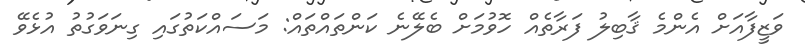
ވަޒީފާއަށް އެންމެ ޤާބިލު ފަރާތެއް ހޮވުމަށް ބެލޭނެ ކަންތައްތައް: މަސައްކަތުގައި ގިނަވަގުތު އުޅެވޭ